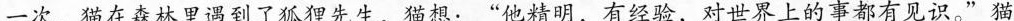
一次，猫在森林里遇到了狐狸先生，猫想：”他精明，有经验，对世界上的事都有见识。”猫